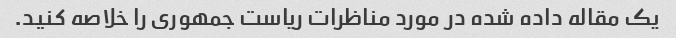
یک مقاله داده شده در مورد مناظرات ریاست جمهوری را خلاصه کنید.